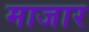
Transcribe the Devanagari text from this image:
माजार